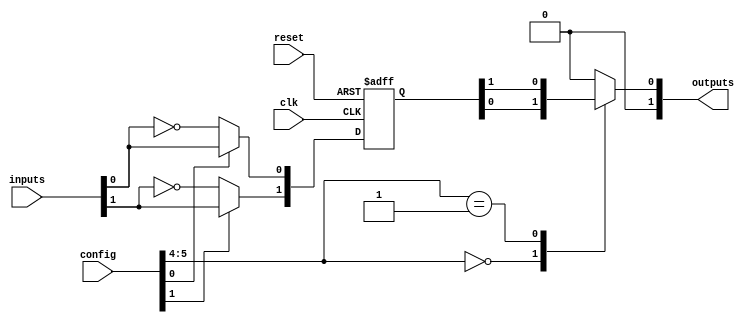
module CLB_PLD (
    input wire [N-1:0] inputs,       // N input signals
    input wire [M-1:0] config,       // Configuration signals for LUTs and MUXs
    input wire clk,                   // Clock signal for flip-flops
    input wire reset,                 // Reset signal
    output wire [P-1:0] outputs       // P output signals
);

// Parameters
parameter N = 4; // Number of inputs
parameter M = 16; // Number of configuration bits for LUTs
parameter P = 2;  // Number of outputs

// Internal Signals
wire [N-1:0] lut_out;               // Output from LUTs
reg [N-1:0] flip_flop_out;          // Output from flip-flops
reg [P-1:0] mux_out;                 // Output from MUXs

// Lookup Tables (LUTs)
genvar i;
generate
    for (i = 0; i < N; i = i + 1) begin : lut
        assign lut_out[i] = (config[i] == 1'b1) ? inputs[i] : ~inputs[i]; // Simple LUT behavior
    end
endgenerate

// Flip-Flops
always @(posedge clk or posedge reset) begin
    if (reset) begin
        flip_flop_out <= 0; // Reset state
    end else begin
        flip_flop_out <= lut_out; // Store LUT output in flip-flops
    end
end

// Multiplexers
always @(*) begin
    case (config[N +: 2]) // Example: using 2 bits for MUX selection
        2'b00: mux_out = flip_flop_out[0]; // Select first flip-flop output
        2'b01: mux_out = flip_flop_out[1]; // Select second flip-flop output
        // Add more cases as needed for additional outputs
        default: mux_out = 0; // Default case
    endcase
end

// Output assignment
assign outputs = mux_out;

endmodule